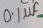
Text: 0.1µf